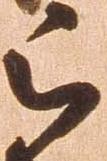
被